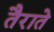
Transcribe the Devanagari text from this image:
तैराते